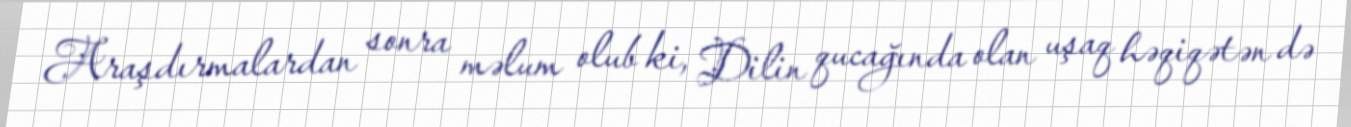
Araşdırmalardan sonra məlum olub ki, Dilin qucağında olan uşaq həqiqətən də